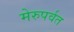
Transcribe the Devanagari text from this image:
मेरुपर्वत